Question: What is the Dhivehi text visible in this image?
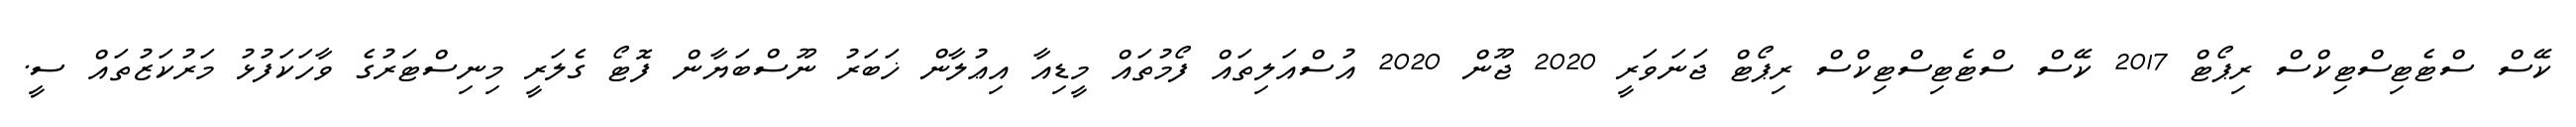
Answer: ކޭސް ސްޓެޓިސްޓިކްސް ރިޕޯޓް 2017 ކޭސް ސްޓެޓިސްޓިކްސް ރިޕޯޓް ޖަނަވަރީ 2020 ޖޫން 2020 އުސްއަލިތައް ފޯމުތައް މީޑިއާ އިޢުލާން ޚަބަރު ނޫސްބަޔާން ފޮޓޯ ގެލަރީ މިނިސްޓަރުގެ ވާހަކަފުޅު މަރުކަޒުތައް ސީ.